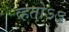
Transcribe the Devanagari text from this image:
व्हतोऽऽ